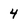
Character: 4